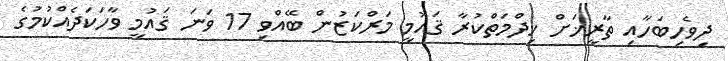
ދިވެހިބަހާއި ތާރީޚަށް ޚިދްމަތްކުރާ ޤައުމީ މަރްކަޒުން ބޭއްވި 17 ވަނަ ޤައުމީ ވާހަކަދެއްކުމުގެ